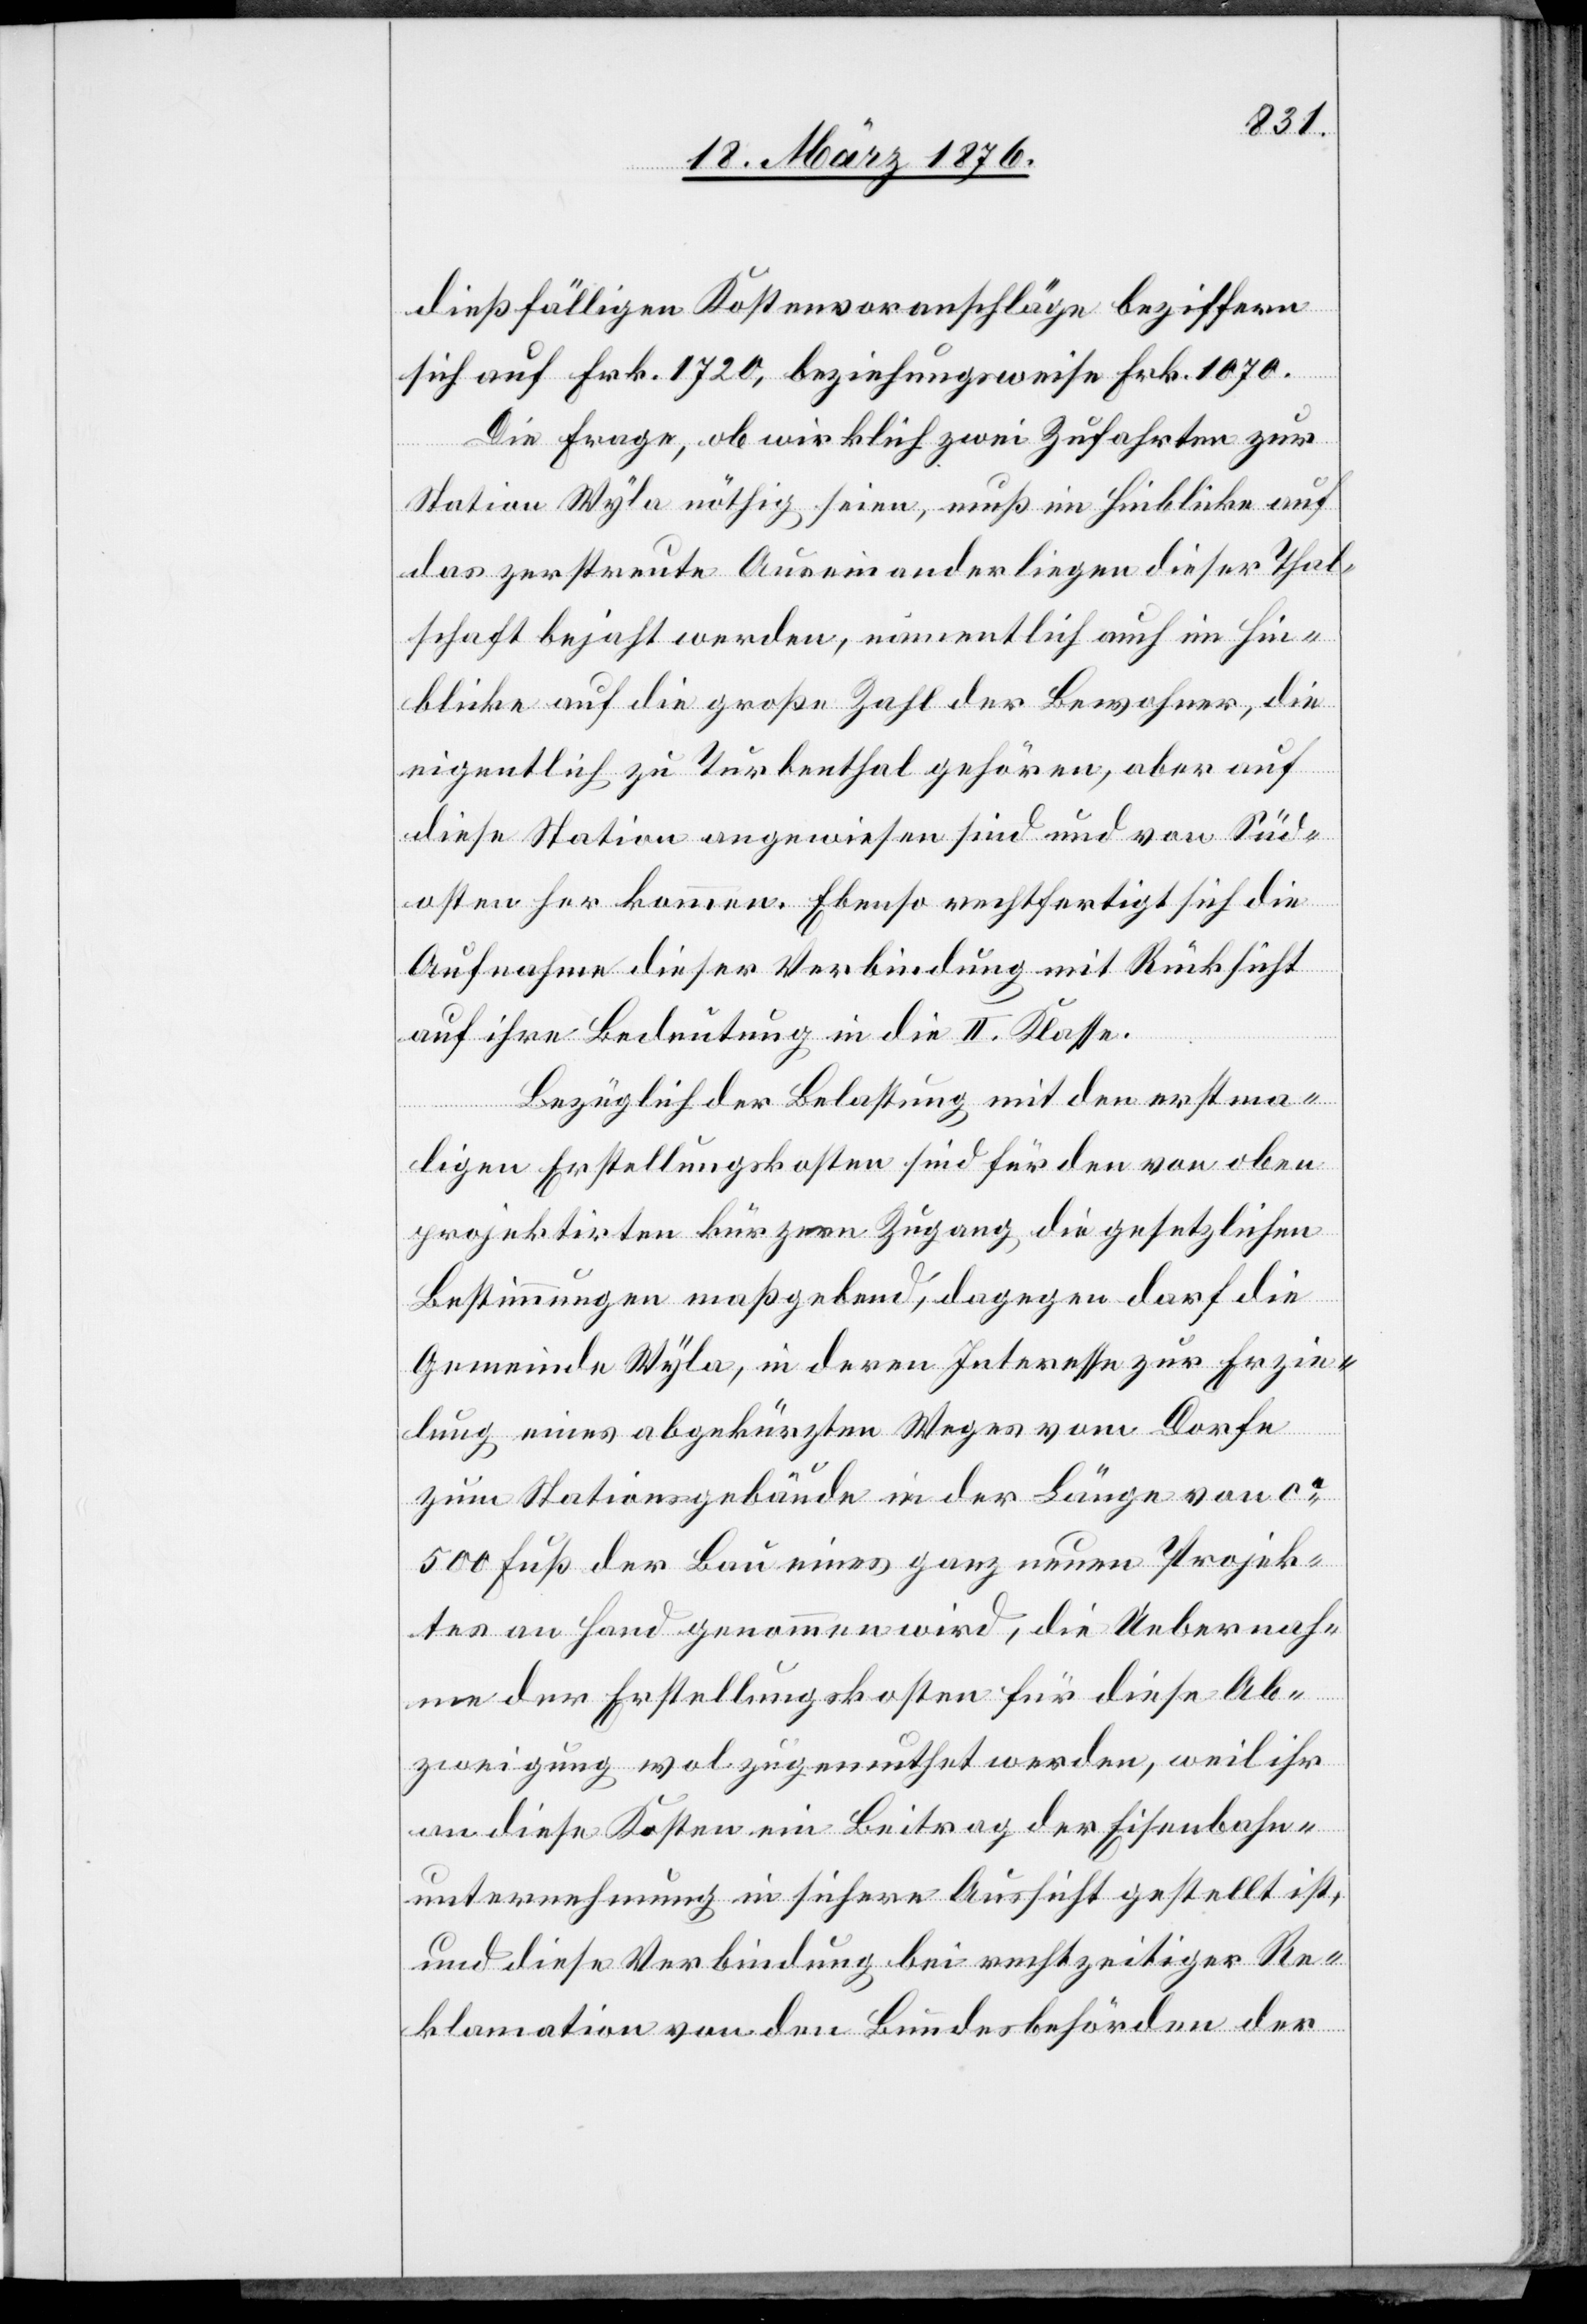
dießfälligen Kostenvoranschläge beziffern
sich auf Frk. 1720, beziehungsweise Frk. 1070.
Die Frage, ob wirklich zwei Zufahrten zur
Station Wyla nöthig seien, muß im Hinblicke auf
das zerstreute Auseinanderliegen dieser Thal¬
schaft bejaht werden, namentlich auch im Hin¬
blicke auf die große Zahl der Bewohner, die
eigentlich zu Turbenthal gehören, aber auf
diese Station angewiesen sind und von Süd¬
osten her kommen. Ebenso rechtfertigt sich die
Aufnahme dieser Verbindung mit Rücksicht
auf ihre Bedeutung in die II. Klasse.
Bezüglich der Belastung mit den erstma¬
ligen Erstellungskosten sind für den von oben
projektirten kürzeren Zugang die gesetzlichen
Bestimmungen maßgebend, dagegen darf die
Gemeinde Wyla, in deren Interesse zur Erzie¬
lung eines abgekürzten Weges vom Dorfe
zum Stationsgebäude in der Länge von ca
500 Fuß der Bau eines ganz neuen Projek¬
tes an Hand genommen wird, die Uebernah¬
me der Erstellungskosten für diese Ab¬
zweigung wol zugemuthet werden, weil ihr
an diese Kosten ein Beitrag der Eisenbahn¬
unternehmung in sichere Aussicht gestellt ist,
und diese Verbindung bei rechtzeitiger Re¬
klamation von den Bundesbehörden der